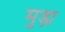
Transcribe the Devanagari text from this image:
मुड़ा़